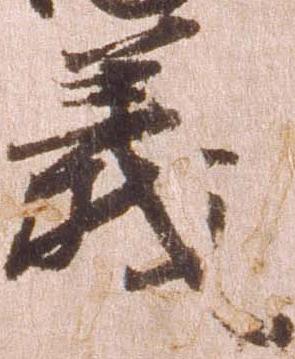
義